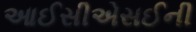
આઈસીએસઈની